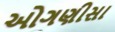
ઓગણીસા